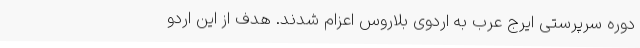
دوره سرپرستی ایرج عرب به اردوی بلاروس اعزام شدند. هدف از این اردو